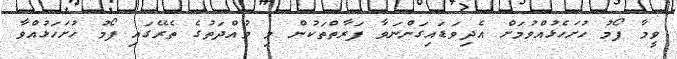
ވީމާ ފޯމު ހުށަހެޅުއްވުމަށް އެދިވަޑައިގަންނަވާ ފަރާތްތަކުން މި މުއްދަތުގެ ތެރޭގައި ފޯމު ހުށަހަޅުއްވާ